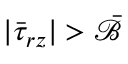
| \bar { \tau } _ { r z } | > \bar { \mathcal { B } }